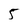
Character: 5